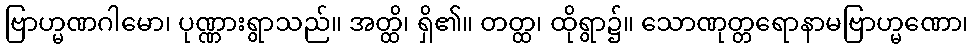
ဗြာဟ္မဏဂါမော၊ ပုဏ္ဏားရွာသည်။ အတ္ထိ၊ ရှိ၏။ တတ္ထ၊ ထိုရွာ၌။ သောဏုတ္တရောနာမဗြာဟ္မဏော၊